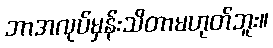
ဘာအလုပ်မှန်းသိတာမဟုတ်ဘူး။